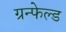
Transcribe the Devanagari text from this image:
ग्रन्फेल्ड